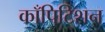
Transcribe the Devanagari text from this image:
काँपिटिशन